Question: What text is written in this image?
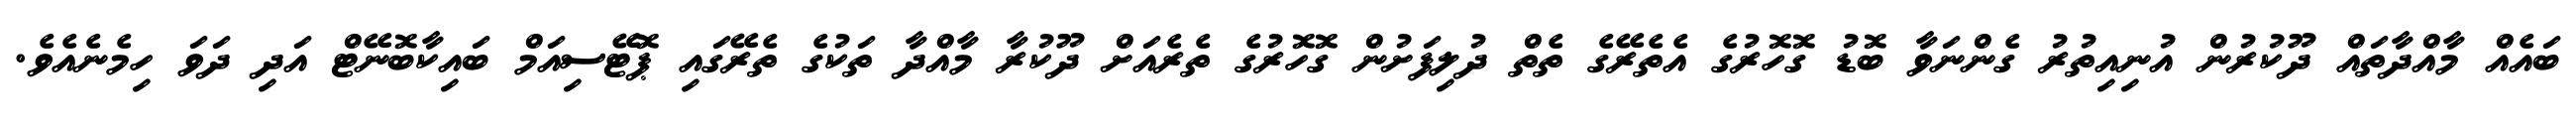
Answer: ބައެއް މާއްދާތައް ދޫކުރުން އުނިއިތުރު ގެންނަވާ ބޮޑު ގޮހޮރުގެ އެތެރޭގެ ތެތް ދުލިފަށުން ގޮހޮރުގެ ތެރެއަށް ދޫކުރާ މާއްދާ ތަކުގެ ތެރޭގައި ޕޮޓޭސިއަމް ބައިކާބޮނޭޓް އަދި ދަވަ ހިމެނެއެވެ.